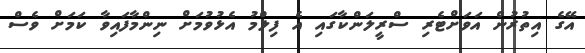
އޭގެ އިތުރުން އަވަށްޓެރި ސްރީލަންކާގައި އެ ފިލްމު އެޅުވުމަށް ނިންމާފައިވާ ކަމަށް ވެސް